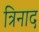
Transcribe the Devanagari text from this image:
त्रिनाद